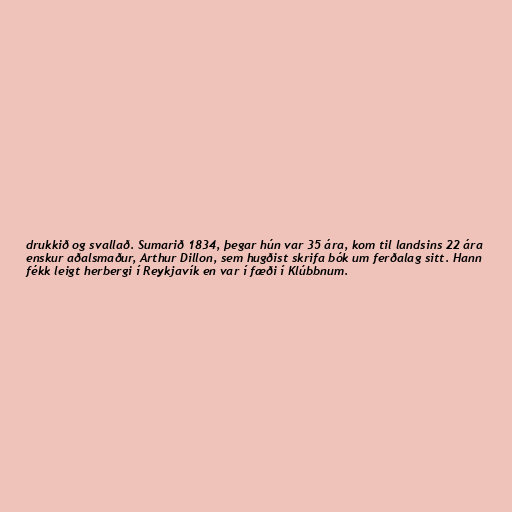
drukkið og svallað. Sumarið 1834, þegar hún var 35 ára, kom til landsins 22 ára
enskur aðalsmaður, Arthur Dillon, sem hugðist skrifa bók um ferðalag sitt. Hann
fékk leigt herbergi í Reykjavík en var í fæði í Klúbbnum.